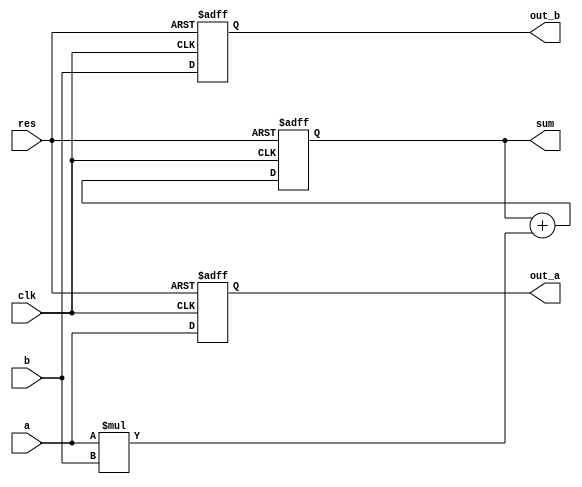
`timescale 1ns / 1ps
//////////////////////////////////////////////////////////////////////////////////
// Design Name: 
// Module Name: MAC
//////////////////////////////////////////////////////////////////////////////////


module MAC(
    input [3:0] a,
    input [3:0] b,
    input clk,
    input res,
    output reg [3:0] out_a,
    output reg [3:0] out_b,
    output reg [9:0] sum
    );
    
    always@(posedge clk or posedge res)
    begin
        if (res == 1)
        begin
            sum <= 0;
            out_a <= 0;
            out_b <= 0;
        end
        else begin
            sum <= sum + (a * b);
            out_a <= a;
            out_b <= b;
        end
    end
endmodule